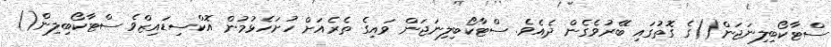
ސްޓާކޯބިލިނަޖަން()ގެ ގޮތުގައި ބޭރުވެގެން ދެއެވެ. ސްޓާކޯބިލިނަޖަން ވައިގެ ތެރެއަށް ހުށަހެޅުމުން އޮކްސިޑައިޒްވެ ސްޓާކޯބިލިން()